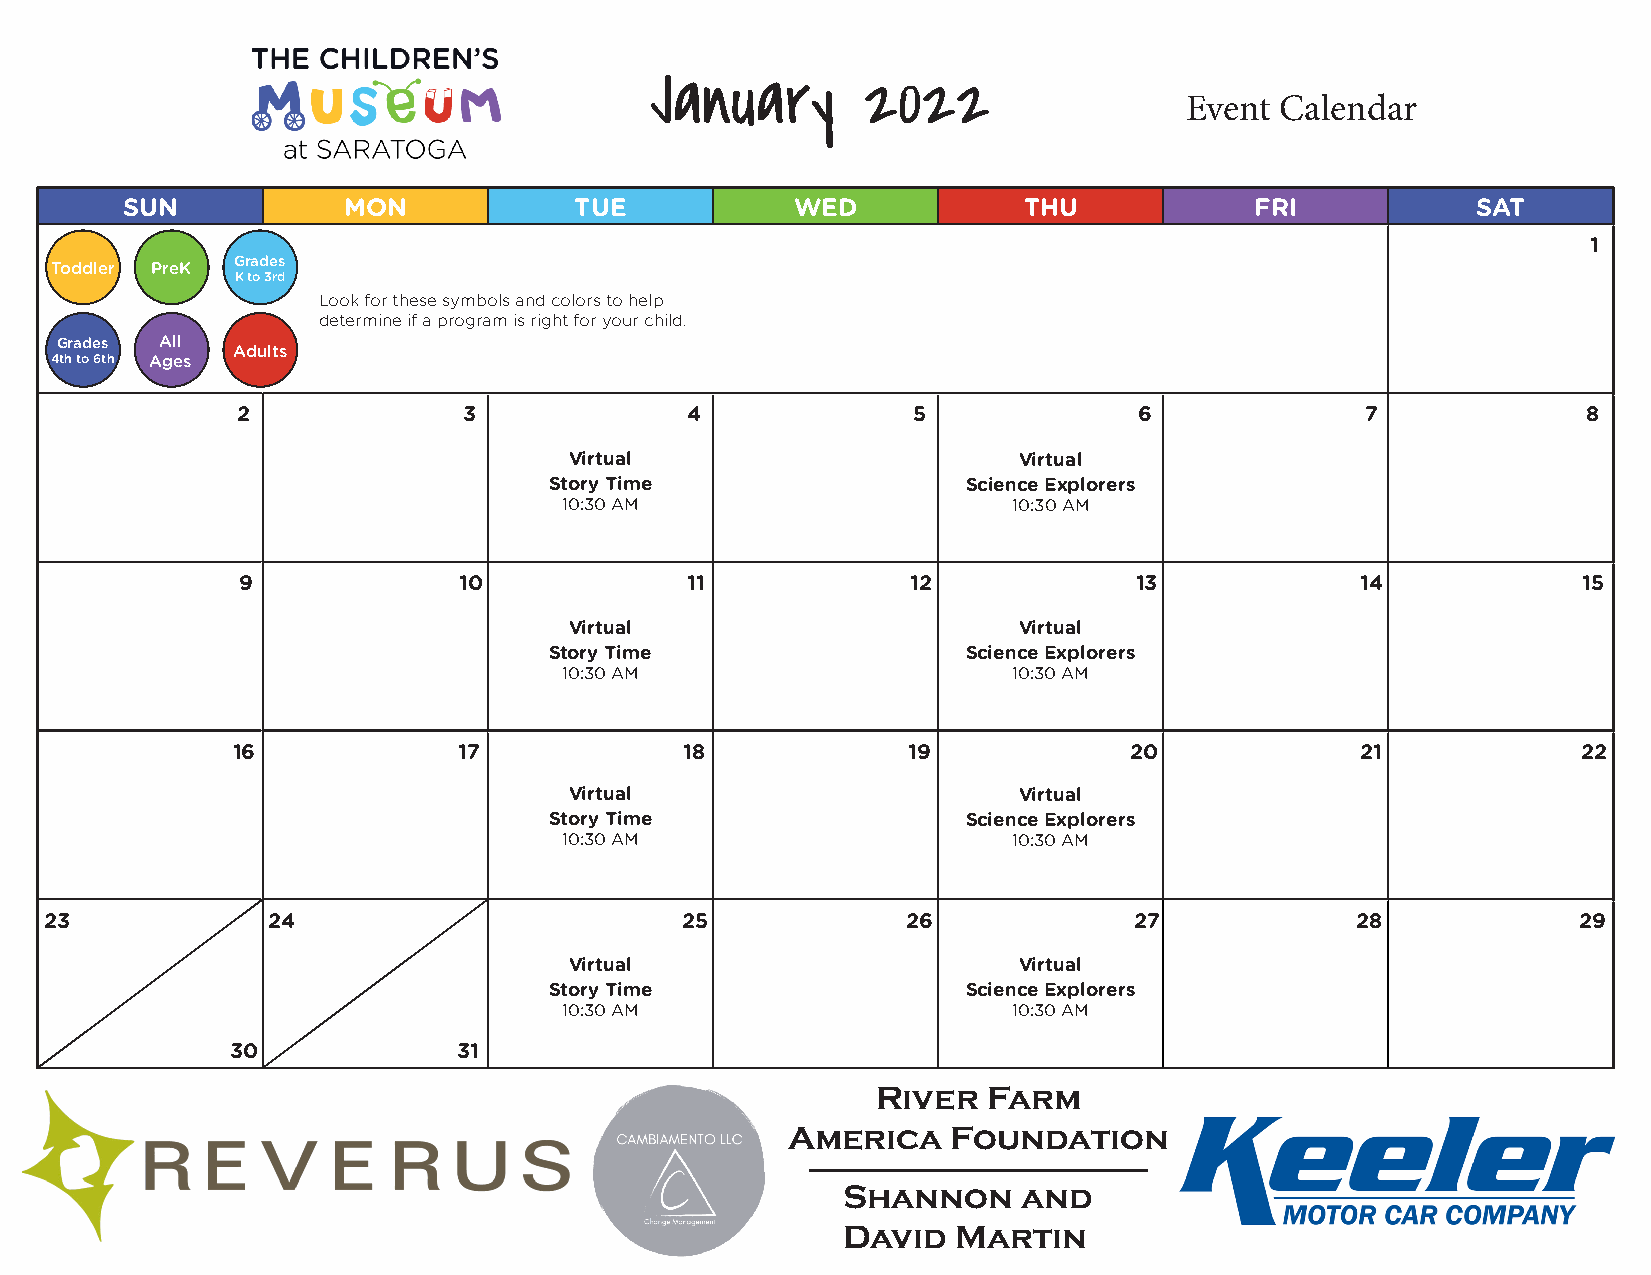
January       2022
 Event  Calendar
 SUN            MON            TUE            WED            THU            FRI            SAT
 1
 Grades
 Toddler PreK
 K to 3rd
 Look for these symbols and colors to help
 determine if a program is right for your child.
 Grades All
 Adults
 4th to 6th Ages
 2              3             4              5              6              7              8
 Virtual                      Virtual
 Story Time                  Science Explorers
 10:30 AM                      10:30 AM
 9             10             11             12             13             14             15
 Virtual                      Virtual
 Story Time                  Science Explorers
 10:30 AM                      10:30 AM
 16             17             18             19             20             21             22
 Virtual                      Virtual
 Story Time                  Science Explorers
 10:30 AM                      10:30 AM
 23             24                         25             26             27             28             29
 Virtual                      Virtual
 Story Time                  Science Explorers
 10:30 AM                      10:30 AM
 30             31
 River  Farm
 America    Foundation
 Shannon     and
 David  Martin